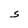
Character: S